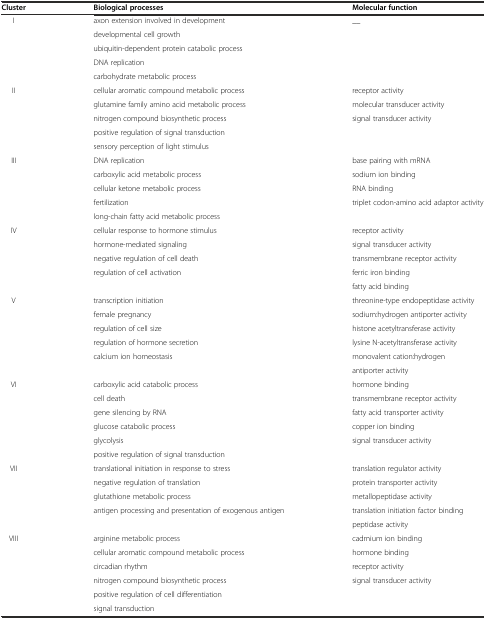
| Cluster | Biological processes | Molecular function |
 | --- | --- | --- |
 | <ROWSPAN=5> I | axon extension involved in development | __ |
 | developmental cell growth |  |
 | ubiquitin-dependent protein catabolic process |  |
 | DNA replication |  |
 | carbohydrate metabolic process |  |
 | <ROWSPAN=5> II | cellular aromatic compound metabolic process | receptor activity |
 | glutamine family amino acid metabolic process | molecular transducer activity |
 | nitrogen compound biosynthetic process | signal transducer activity |
 | positive regulation of signal transduction |  |
 | sensory perception of light stimulus |  |
 | <ROWSPAN=5> III | DNA replication | base pairing with mRNA |
 | carboxylic acid metabolic process | sodium ion binding |
 | cellular ketone metabolic process | RNA binding |
 | fertilization | triplet codon-amino acid adaptor activity |
 | long-chain fatty acid metabolic process |  |
 | <ROWSPAN=5> IV | cellular response to hormone stimulus | receptor activity |
 | hormone-mediated signaling | signal transducer activity |
 | negative regulation of cell death | transmembrane receptor activity |
 | regulation of cell activation | ferric iron binding |
 |  | fatty acid binding |
 | <ROWSPAN=6> V | transcription initiation | threonine-type endopeptidase activity |
 | female pregnancy | sodium:hydrogen antiporter activity |
 | regulation of cell size | histone acetyltransferase activity |
 | regulation of hormone secretion | lysine N-acetyltransferase activity |
 | calcium ion homeostasis | monovalent cation:hydrogen |
 |  | antiporter activity |
 | <ROWSPAN=6> VI | carboxylic acid catabolic process | hormone binding |
 | cell death | transmembrane receptor activity |
 | gene silencing by RNA | fatty acid transporter activity |
 | glucose catabolic process | copper ion binding |
 | glycolysis | signal transducer activity |
 | positive regulation of signal transduction |  |
 | <ROWSPAN=5> VII | translational initiation in response to stress | translation regulator activity |
 | negative regulation of translation | protein transporter activity |
 | glutathione metabolic process | metallopeptidase activity |
 | antigen processing and presentation of exogenous antigen | translation initiation factor binding |
 |  | peptidase activity |
 | <ROWSPAN=5> VIII | arginine metabolic process | cadmium ion binding |
 | cellular aromatic compound metabolic process | hormone binding |
 | circadian rhythm | receptor activity |
 | nitrogen compound biosynthetic process | signal transducer activity |
 | positive regulation of cell differentiation |  |
 |  | signal transduction |  |